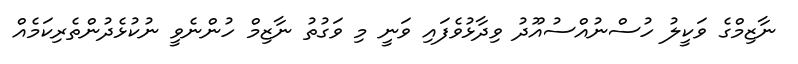
ނާޒިމްގެ ވަކީލު ހުސްނުއްސުއޫދު ވިދާޅުވެފައި ވަނީ މި ވަގުތު ނާޒިމް ހުންނެވީ ނުކުޅެދުންތެރިކަމެއް